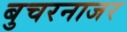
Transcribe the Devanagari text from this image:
बुचरनाजर